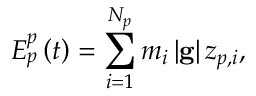
E _ { p } ^ { p } \left( t \right) = \sum _ { i = 1 } ^ { N _ { p } } m _ { i } \left| \mathbf { g } \right| z _ { p , i } ,